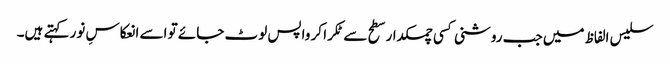
سلیس الفاظ میں جب روشنی کسی چمکدار سطح سے ٹکرا کر واپس لوٹ جائے تو اسے انعکاسِ نور کہتے ہیں۔